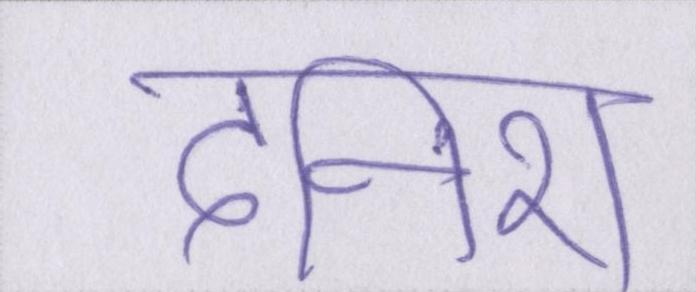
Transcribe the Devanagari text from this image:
दनिश